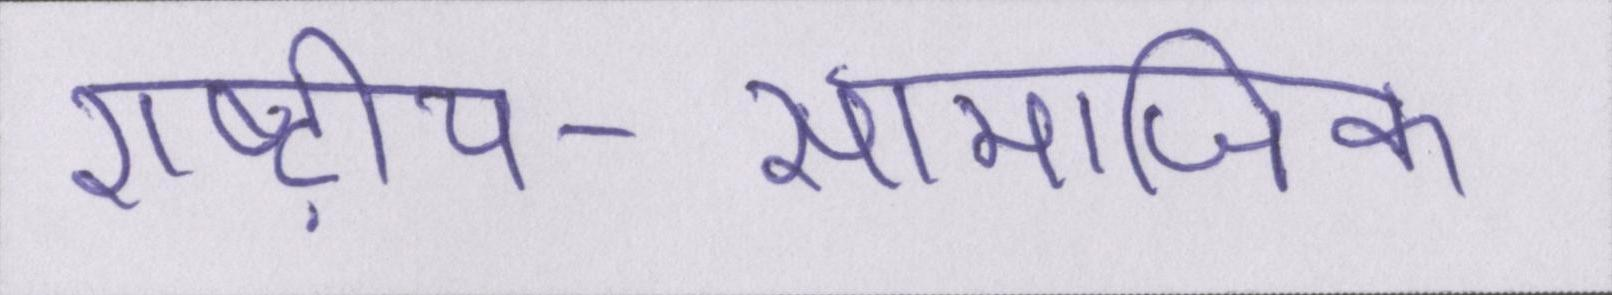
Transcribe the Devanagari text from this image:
राष्ट्रीय-सामाजिक